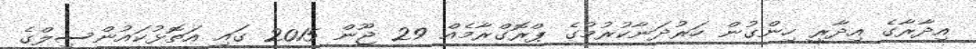
އިދާރާގެ އިދާރީ ހިންގުން ހަރުދަނާކުރުމުގެ ޕްރޮގްރާމެއް 29 ޖޫން 2015 ގައި އަތޮޅުކައުންސިލްގެ